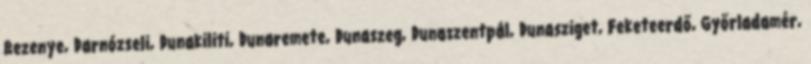
Bezenye, Darnózseli, Dunakiliti, Dunaremete, Dunaszeg, Dunaszentpál, Dunasziget, Feketeerdő, Győrladamér,